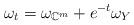
LaTeX: \begin{align*}\omega_t=\omega_{\mathbb{C}^m}+e^{-t}\omega_Y\end{align*}